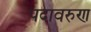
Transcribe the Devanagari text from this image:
पदावरुण